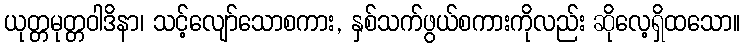
ယုတ္တမုတ္တဝါဒိနာ၊ သင့်လျော်သောစကား, နှစ်သက်ဖွယ်စကားကိုလည်း ဆိုလေ့ရှိထသော။